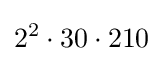
2^{2}\cdot 30\cdot 210